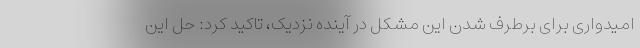
امیدواری برای برطرف شدن این مشکل در آینده نزدیک، تاکید کرد: حل این